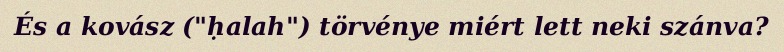
És a kovász ("ḥalah") törvénye miért lett neki szánva?